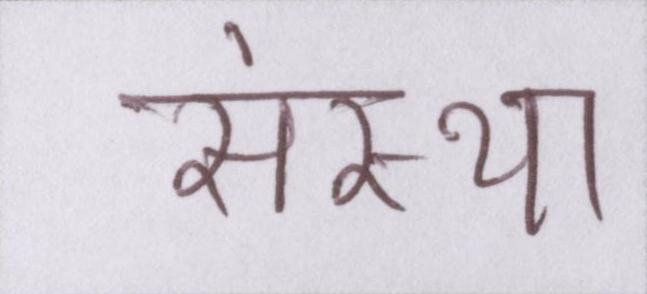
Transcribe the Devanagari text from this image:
संस्था